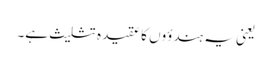
یعنی یہ ہندؤوں کا عقیدہ تثلیث ہے۔